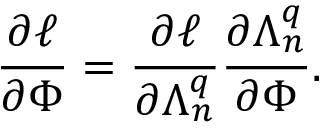
\frac { \partial \ell } { \partial \Phi } = \frac { \partial \ell } { \partial \Lambda _ { n } ^ { q } } \frac { \partial \Lambda _ { n } ^ { q } } { \partial \Phi } .